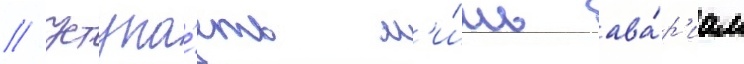
// Уступа́ет л'и́шь ава́р'иам